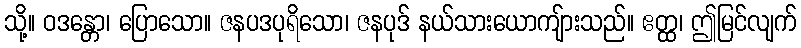
သို့။ ဝဒန္တော၊ ပြောသော။ ဇနပဒပုရိသော၊ ဇနပုဒ် နယ်သားယောကျ်ားသည်။ ဧတ္ထ၊ ဤမြင်လျက်